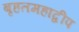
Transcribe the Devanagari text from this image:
बृहतमहाद्वीप